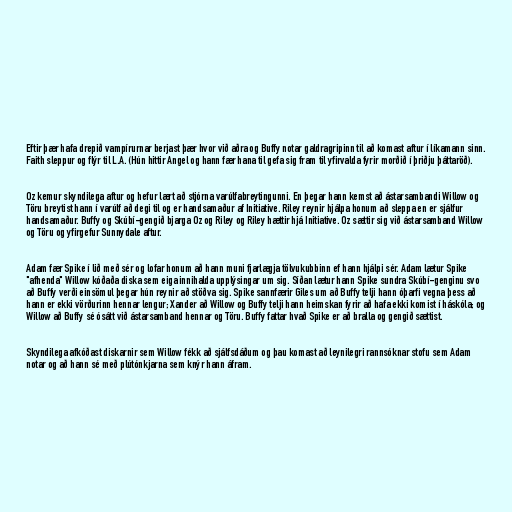
Eftir þær hafa drepið vampírurnar berjast þær hvor við aðra og Buffy notar galdragripinn til að komast aftur í líkamann sinn.
Faith sleppur og flýr til L.A. (Hún hittir Angel og hann fær hana til gefa sig fram til yfirvalda fyrir morðið í þriðju þáttaröð).

Oz kemur skyndilega aftur og hefur lært að stjórna varúlfabreytingunni. En þegar hann kemst að ástarsambandi Willow og
Töru breytist hann í varúlf að degi til og er handsamaður af Initiative. Riley reynir hjálpa honum að sleppa en er sjálfur
handsamaður. Buffy og Skúbí-gengið bjarga Oz og Riley og Riley hættir hjá Initiative. Oz sættir sig við ástarsamband Willow
og Töru og yfirgefur Sunnydale aftur.

Adam fær Spike í lið með sér og lofar honum að hann muni fjarlægja tölvukubbinn ef hann hjálpi sér. Adam lætur Spike
"afhenda" Willow kóðaða diska sem eiga innihalda upplýsingar um sig. Síðan lætur hann Spike sundra Skúbí-genginu svo
að Buffy verði einsömul þegar hún reynir að stöðva sig. Spike sannfærir Giles um að Buffy telji hann óþarfi vegna þess að
hann er ekki vörðurinn hennar lengur; Xander að Willow og Buffy telji hann heimskan fyrir að hafa ekki komist í háskóla; og
Willow að Buffy sé ósátt við ástarsamband hennar og Töru. Buffy fattar hvað Spike er að bralla og gengið sættist.

Skyndilega afkóðast diskarnir sem Willow fékk að sjálfsdáðum og þau komast að leynilegri rannsóknar stofu sem Adam
notar og að hann sé með plútónkjarna sem knýr hann áfram.